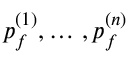
p _ { f } ^ { ( 1 ) } , \dots \, , p _ { f } ^ { ( n ) }